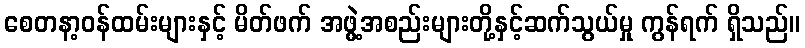
စေတနာ့ဝန်ထမ်းများနှင့် မိတ်ဖက် အဖွဲ့အစည်းများတို့နှင့်ဆက်သွယ်မှု ကွန်ရက် ရှိသည်။